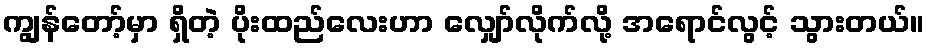
ကျွန်တော့်မှာ ရှိတဲ့ ပိုးထည်လေးဟာ လျှော်လိုက်လို့ အရောင်လွင့် သွားတယ်။